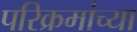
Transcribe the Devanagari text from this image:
परिक्रमांच्या